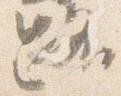
路